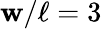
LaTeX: \mathbf{w}/\ell=3